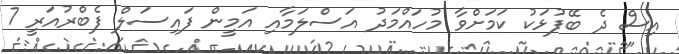
އިސް ދެ ބޭފުޅަކު ކަމަށްވާ މުހައްމަދު އަސްލަމާއި އަމީން ފައިސަލް ފެބްރުއަރީ 7